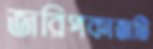
জরিপকাজটি